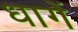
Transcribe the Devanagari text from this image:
धागें